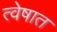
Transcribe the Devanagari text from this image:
त्वेषात